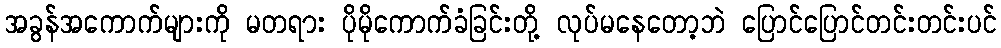
အခွန်အကောက်များကို မတရား ပိုမိုကောက်ခံခြင်းတို့ လုပ်မနေတော့ဘဲ ပြောင်ပြောင်တင်းတင်းပင်